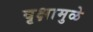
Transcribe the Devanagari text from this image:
वृक्षामुळे